65_HS1-834228961_62-HQ-83894_Section_4
Agency: FBI
Page 133
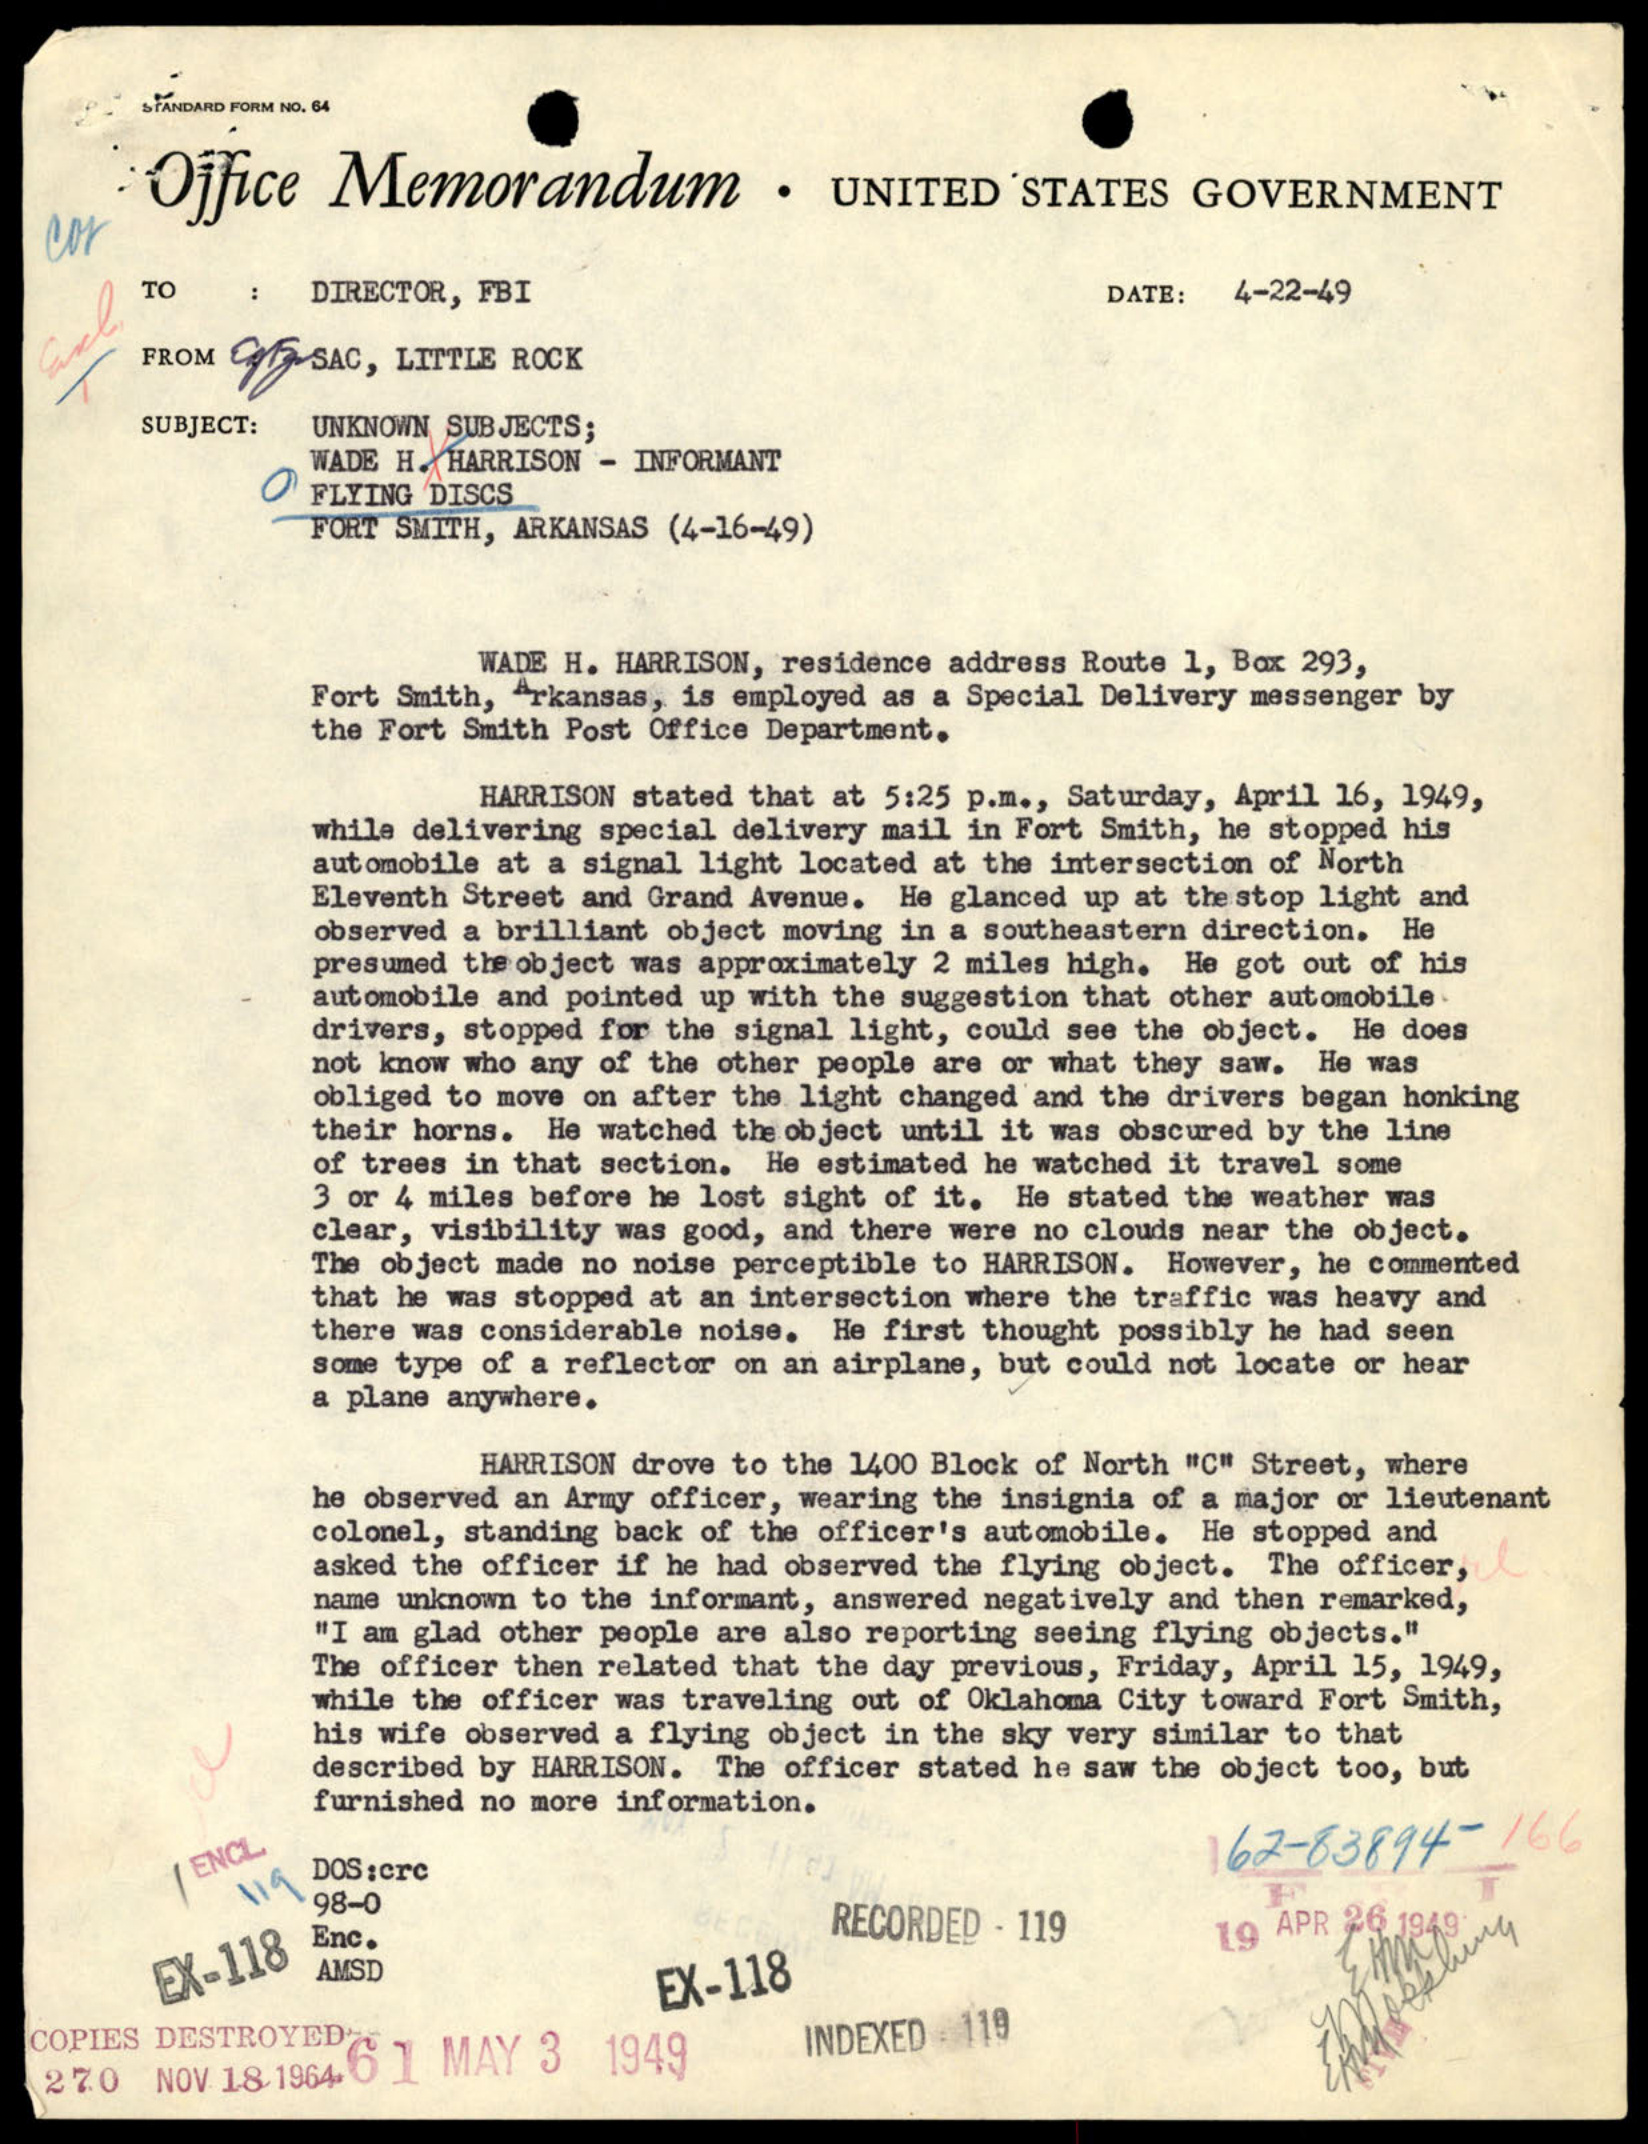